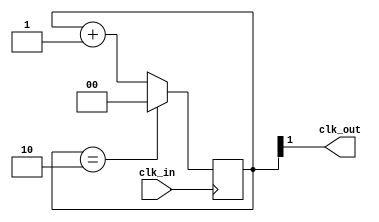
// This program was cloned from: https://github.com/Obijuan/open-fpga-verilog-tutorial
// License: GNU General Public License v2.0

//-----------------------------------------------------------------------------
//-- Divisor de frecuencia entre 3
//-- (c) BQ. August 2015. written by Juan Gonzalez (obijuan)
//-----------------------------------------------------------------------------
//-- GPL license
//-----------------------------------------------------------------------------

//-- Entrada: clk_in. Seal original
//-- Salida: clk_out. Seal de frecuencia 1/3 de la original
module div3(input wire clk_in, output wire clk_out);

reg [1:0] divcounter = 0;

//-- Contador mdulo 3
always @(posedge clk_in)
  if (divcounter == 2) 
    divcounter <= 0;
  else 
    divcounter <= divcounter + 1;

//-- Sacar el bit mas significativo por clk_out
assign clk_out = divcounter[1];

endmodule